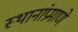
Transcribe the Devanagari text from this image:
स्थानांप्रमाणे